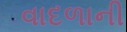
વાદળાની